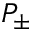
P _ { \pm }